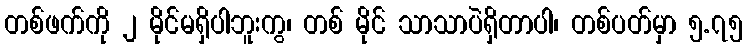
တစ်ဖက်ကို ၂ မိုင်မရှိပါဘူးကွ၊ တစ် မိုင် သာသာပဲရှိတာပါ၊ တစ်ပတ်မှာ ၅.၇၅